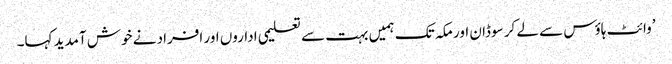
’وائٹ ہاؤس سے لے کر سوڈان اور مکہ تک ہمیں بہت سے تعلیمی اداروں اور افراد نے خوش آمدید کہا۔